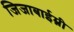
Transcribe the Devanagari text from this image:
जिजाबाईम्नी